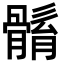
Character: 𩩼